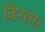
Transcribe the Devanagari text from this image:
विनता।